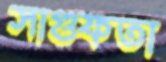
সাগুফতা